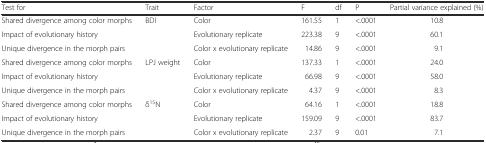
<table><thead><tr><td><b>Test for</b></td><td><b>Trait</b></td><td><b>Factor</b></td><td><b>F</b></td><td><b>df</b></td><td><b>P</b></td><td><b>Partial variance explained (%)</b></td></tr></thead><tbody><tr><td>Shared divergence among color morphs</td><td rowspan="3">BDI</td><td>Color</td><td>161.55</td><td>1</td><td>&lt;.0001</td><td>10.8</td></tr><tr><td>Impact of evolutionary history</td><td>Evolutionary replicate</td><td>223.38</td><td>9</td><td>&lt;.0001</td><td>60.1</td></tr><tr><td>Unique divergence in the morph pairs</td><td>Color x evolutionary replicate</td><td>14.86</td><td>9</td><td>&lt;.0001</td><td>9.1</td></tr><tr><td>Shared divergence among color morphs</td><td rowspan="3">LPJ weight</td><td>Color</td><td>137.33</td><td>1</td><td>&lt;.0001</td><td>24.0</td></tr><tr><td>Impact of evolutionary history</td><td>Evolutionary replicate</td><td>66.98</td><td>9</td><td>&lt;.0001</td><td>58.0</td></tr><tr><td>Unique divergence in the morph pairs</td><td>Color x evolutionary replicate</td><td>4.37</td><td>9</td><td>&lt;.0001</td><td>8.3</td></tr><tr><td>Shared divergence among color morphs</td><td rowspan="3">δ<sup>15</sup>N</td><td>Color</td><td>64.16</td><td>1</td><td>&lt;.0001</td><td>18.8</td></tr><tr><td>Impact of evolutionary history</td><td>Evolutionary replicate</td><td>159.09</td><td>9</td><td>&lt;.0001</td><td>83.7</td></tr><tr><td>Unique divergence in the morph pairs</td><td>Color x evolutionary replicate</td><td>2.37</td><td>9</td><td>0.01</td><td>7.1</td></tr></tbody></table>